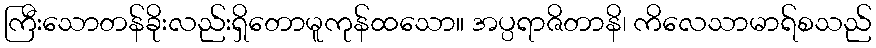
ကြီးသောတန်ခိုးလည်းရှိတောမူကုန်ထသော။ အပ္ပရာဇိတာနိ၊ ကိလေသာမာရ်စသည်